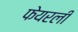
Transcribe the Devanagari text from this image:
फेयरली